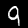
Label: 9